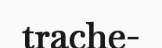
trache-